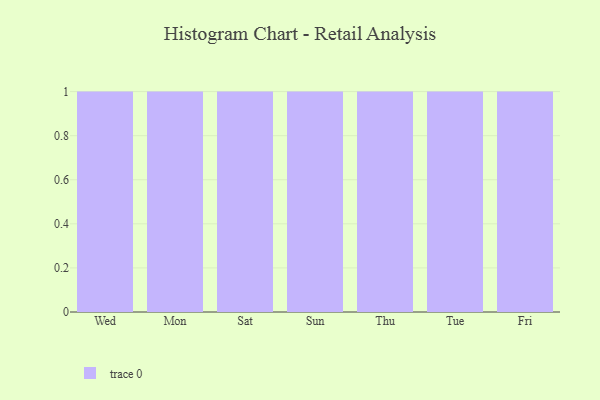
{"axis": {"x": "Day", "y": "Revenue (USD Million)"}, "legend": [""], "data": [{"x": "Wed", "y": 52, "type": ""}, {"x": "Mon", "y": 62, "type": ""}, {"x": "Sat", "y": 88, "type": ""}, {"x": "Sun", "y": 83, "type": ""}, {"x": "Thu", "y": 43, "type": ""}, {"x": "Tue", "y": 54, "type": ""}, {"x": "Fri", "y": 61, "type": ""}]}